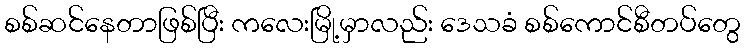
စစ်ဆင်နေတာဖြစ်ပြီး ကလေးမြို့မှာလည်း ဒေသခံ စစ်ကောင်စီတပ်တွေ